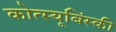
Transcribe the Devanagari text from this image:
कोत्स्यूबिंस्की